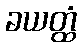
ခယတ္ထံ